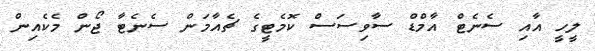
ލީހީ އާއި ސެނެޓް އާމްޑް ސާވިސަސް ކޮމެޓީގެ ޗެއާމަން ސެނެޓާ ޖޯން މެކެއިން